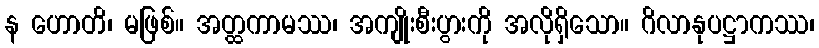
န ဟောတိ၊ မဖြစ်။ အတ္ထကာမဿ၊ အကျိုးစီးပွားကို အလိုရှိသော။ ဂိလာနုပဋ္ဌာကဿ၊